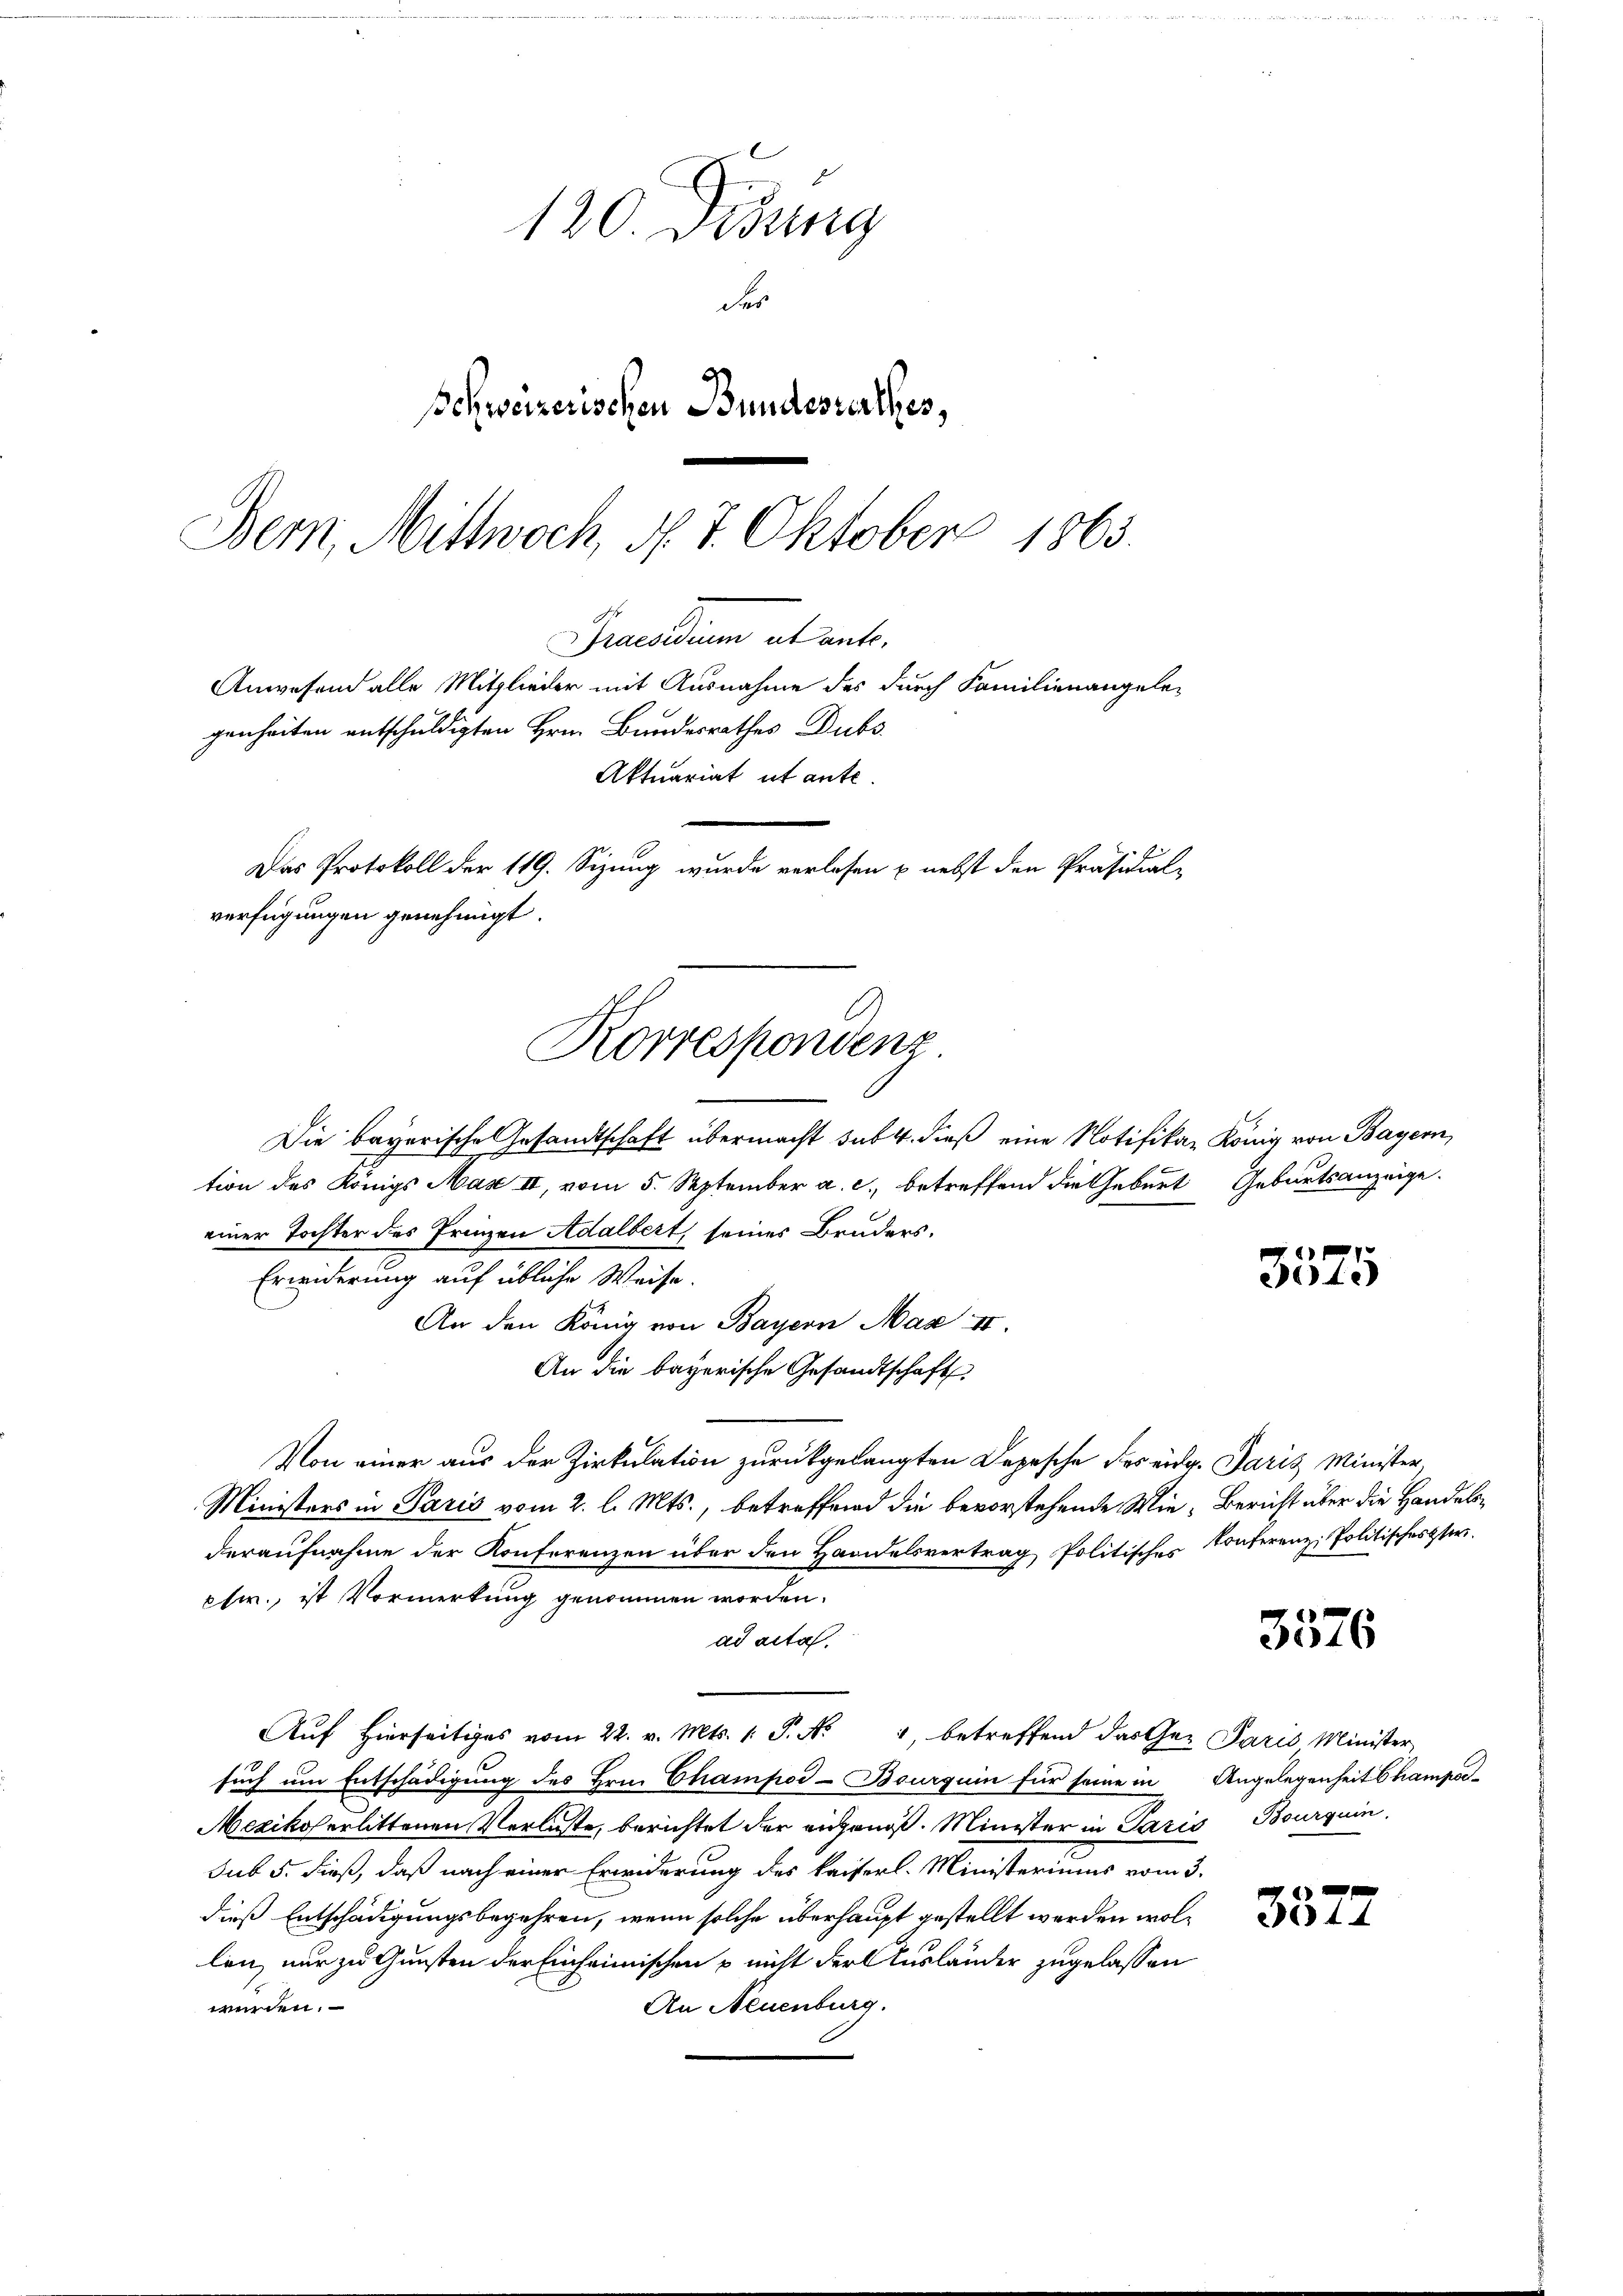
120. Didung
des
Schweizerischen Bundesterthes,
Bern, Mittwoch, d. 7. Oktober 1863.

Bruederum et ante.
Anwesend alle Mitglieder mit Ausnahme des durch Familienangele-
genheiten entschuldigten Hrn. Bundesrathes Dubs
Das Protokoll der 119. Sizung wurde verlesen & nebst den Präsidial-
verfügungen genehmigt.
Korrespondenz.

Aktuariat ut ante.

Die bayerische Gesandtschaft übermacht sub. 4. dieß eine Notifikar König von Bayern,
tion des Königs Max II, vom 5. September a. c., betreffend die Geburt Geburtsanzeige.
einer Tochter des Frinzen Adalbert, seines Bruders.
Erwiderung auf übliche Weise.
An den König von Bayern Max II.
An die bayerische Gesandtschaft
Von einer aus der Zirkulation zurückgelangten Depesche des eidg. Paris Minister
Ministers in Paris vom 2. l. Mts., betreffend die bevorstehende Wie, Bericht über die Handelsderaufnahme der Konferenzen über den Handelsvertrag Politisches Conferenz, Politischesteri
ptw., ist Vormerkung genommen worden.
ad acta.
Aŭf hierseitiges vom 22. v. Mts. 1. P. N. 4, betreffend das Ge- Paris Minister
such um Entschädigung des Hrn. Champod-Bourquin für seine in Angelegenheit Champar¬
Mexikoserlittenen Verluste, berichtet der angenoß. Minister in Paris Bourquin
sub 5. dieß, daß nach einer Erwiderung des kaiserl. Ministeriums vom 3.
dieß Entschädigungsbegehren, wenn solche überhaupt gestellt werden wollen, nur zu Gunsten der Einheimischen & nicht der Ausländer zugelassen
werden.
An Neuenburg.

24.

3576

44